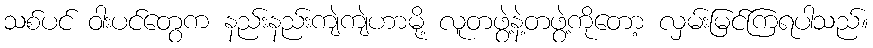
သစ်ပင် ဝါးပင်တွေက နည်းနည်းကျဲကျဲဟာမို့ လူတဖွဲ့နဲ့တဖွဲ့ကိုတော့ လှမ်းမြင်ကြရပါသည်။